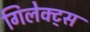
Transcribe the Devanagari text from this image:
गिलेक्ट्स